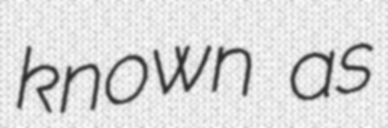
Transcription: known as